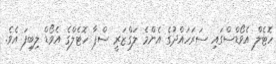
ހޮޓެލް އެވޯޑްސްގައި ސަރަހައްދުގެ އެންމެ ލަގްޒަރީ ސްޕާ ހޮޓެލްގެ އެވޯޑް ލިބިފަ އެވެ.